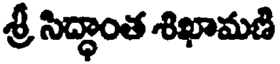
శ్రీ సిద్ధాంత శిఖామణి